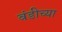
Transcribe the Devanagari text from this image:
बंडीच्या